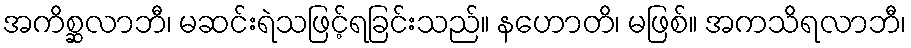
အကိစ္ဆလာဘီ၊ မဆင်းရဲသဖြင့်ရခြင်းသည်။ နဟောတိ၊ မဖြစ်။ အကသိရလာဘီ၊